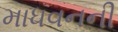
માધવનની